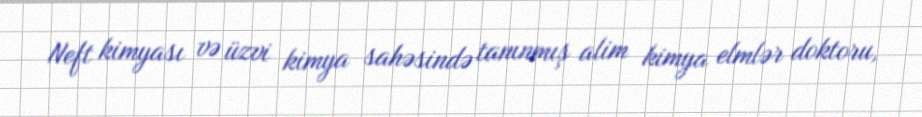
Neft kimyası və üzvi kimya sahəsində tanınmış alim kimya elmlər doktoru,